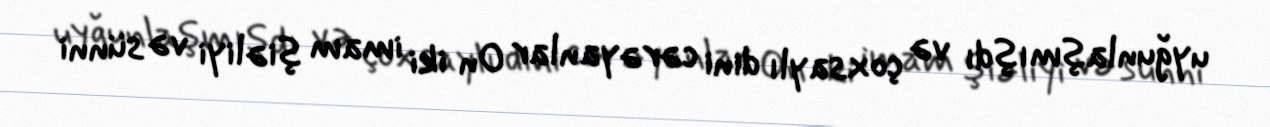
uyğunlaşmışdı və çoxsaylı dini cərəyanlar On iki imam şiəliyi və sünni